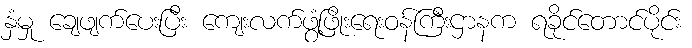
နှံမှု ချေဖျက်ပေးပြီး ကျေးလက်ဖွံ့ဖြိုးရေးဝန်ကြီးဌာနက ရခိုင်တောင်ပိုင်း